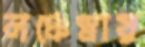
লঞ্চেস্নায়